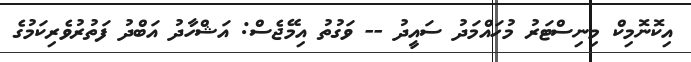
އިކޮނޮމިކް މިނިސްޓަރު މުހައްމަދު ސައީދު -- ވަގުތު އިމޭޖެސް: އަޝްހާދު އަބްދު ފަތުރުވެރިކަމުގެ